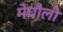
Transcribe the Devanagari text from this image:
मेघौली